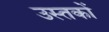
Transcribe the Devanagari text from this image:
उस्तकों